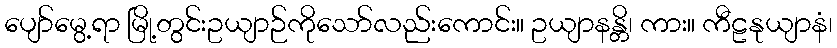
ပျော်မွေ့ရာ မြို့တွင်းဥယျာဉ်ကိုသော်လည်းကောင်း။ ဥယျာနန္တိ၊ ကား။ ကီဠနုယျာနံ၊